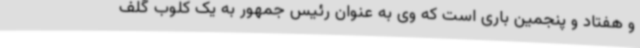
و هفتاد و پنجمین باری است که وی به عنوان رئیس جمهور به یک کلوب گلف